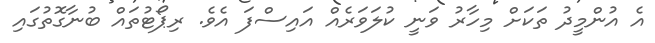
އެ އުންމީދު ތަކަށް މިހާރު ވަނީ ކުލަވަރެއް އައިސްފަ އެވެ. ރިޕޯޓުތައް ބުނާގޮތުގައި